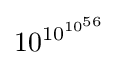
10^{10^{10^{56}}}